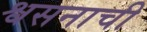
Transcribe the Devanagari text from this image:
श्वसनाची